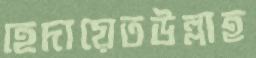
হেদায়েতউল্লাহ